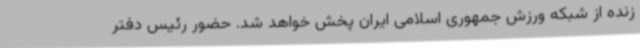
زنده از شبکه ورزش جمهوری اسلامی ایران پخش خواهد شد. حضور رئیس‌ دفتر